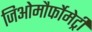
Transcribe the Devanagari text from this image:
जिओमौर्फोमेट्री